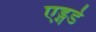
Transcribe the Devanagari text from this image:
एड्गर्ड